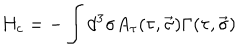
LaTeX: H _ { c } = - \int { d ^ { 3 } \sigma A _ { \tau } ( \tau , \vec { \sigma } ) \Gamma ( \tau , \vec { \sigma } ) }